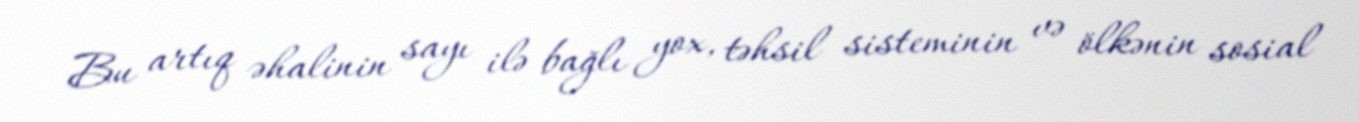
Bu artıq əhalinin sayı ilə bağlı yox, təhsil sisteminin və ölkənin sosial